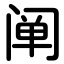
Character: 阐